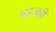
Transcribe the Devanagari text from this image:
षड्जही